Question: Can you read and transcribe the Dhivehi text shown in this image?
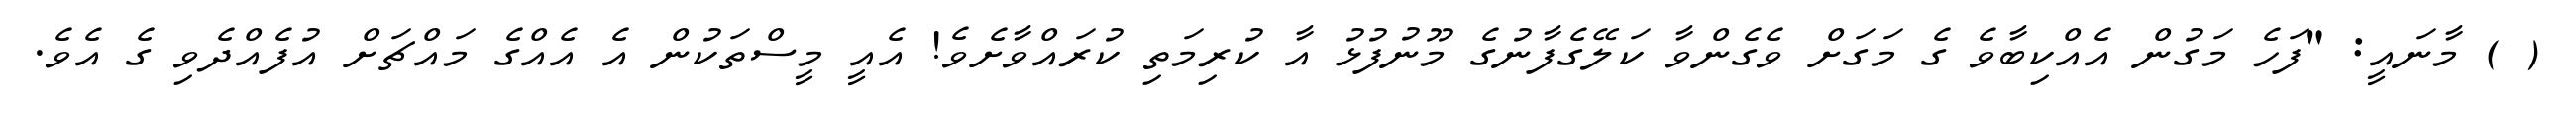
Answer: ( ) މާނައީ: "ފަހެ މަގުން އެއްކިބާވެ ގެ މަގަށް ވެގެންވާ ކަލޭގެފާނުގެ މޫނުފުޅު އާ ކުރިމަތި ކުރައްވާށެވެ! އެއީ މީސްތަކުން އެ އެއްގެ މައްޗަށް އުފެއްދެވި ގެ އެވެ.